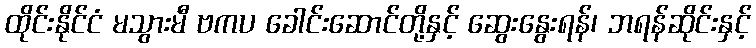
ထိုင်းနိုင်ငံ မသွားမီ ဗကပ ခေါင်းဆောင်တို့နှင့် ဆွေးနွေးရန်၊ ဘရန်ဆိုင်းနှင့်